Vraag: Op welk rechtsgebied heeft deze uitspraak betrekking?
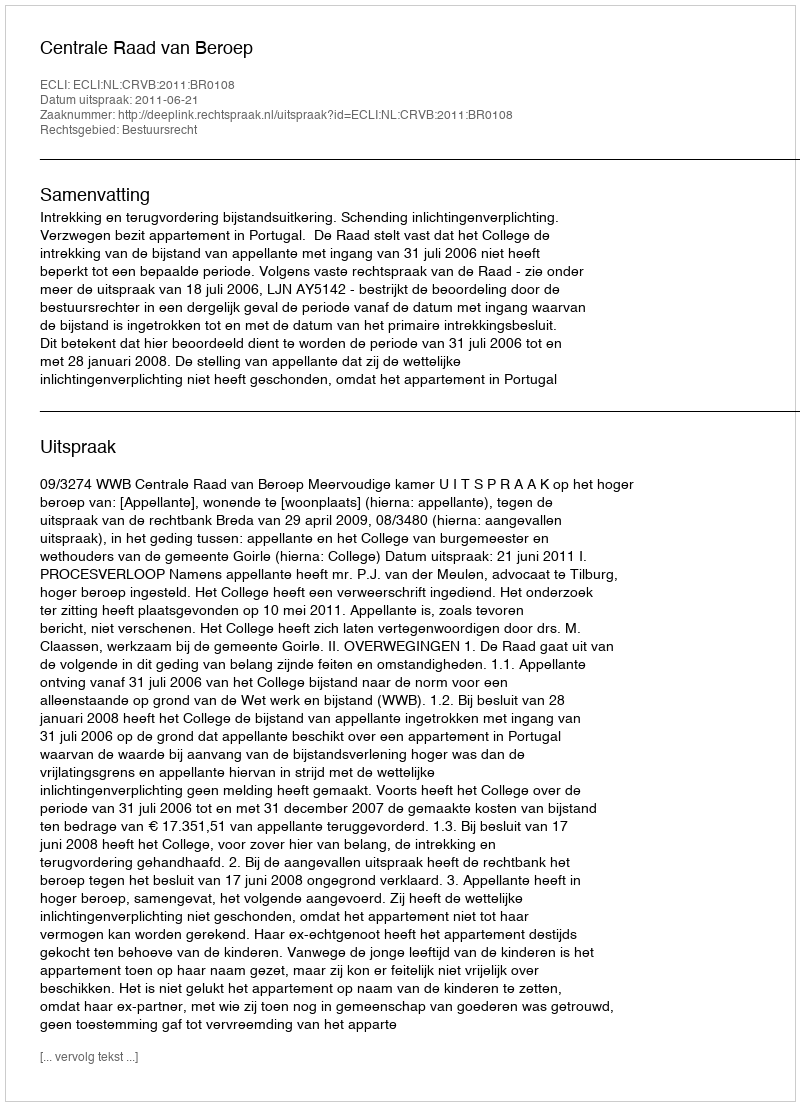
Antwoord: Bestuursrecht